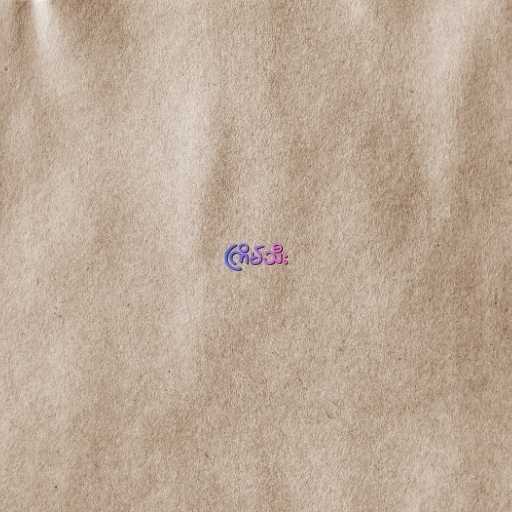
ကြိမ်သီး